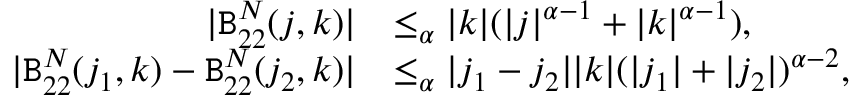
\begin{array} { r l } { | \mathtt { B } _ { 2 2 } ^ { N } ( j , k ) | } & { \le _ { \alpha } | k | ( | j | ^ { \alpha - 1 } + | k | ^ { \alpha - 1 } ) , } \\ { | \mathtt { B } _ { 2 2 } ^ { N } ( j _ { 1 } , k ) - \mathtt { B } _ { 2 2 } ^ { N } ( j _ { 2 } , k ) | } & { \le _ { \alpha } | j _ { 1 } - j _ { 2 } | | k | ( | j _ { 1 } | + | j _ { 2 } | ) ^ { \alpha - 2 } , } \end{array}